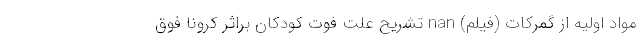
مواد اولیه از گمرکات (فیلم) nan تشریح علت فوت کودکان براثر کرونا فوق